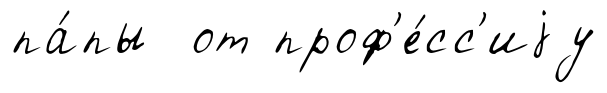
па́пы от проф'е́сс'иjу